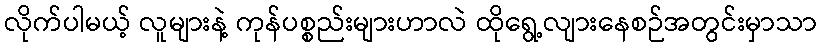
လိုက်ပါမယ့် လူများနဲ့ ကုန်ပစ္စည်းများဟာလဲ ထိုရွေ့လျားနေစဉ်အတွင်းမှာသာ